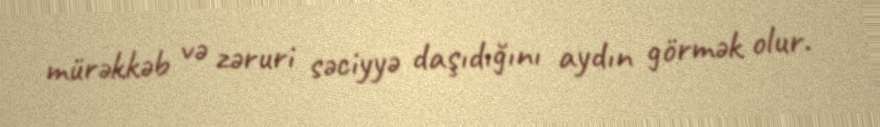
mürəkkəb və zəruri səciyyə daşıdığını aydın görmək olur.